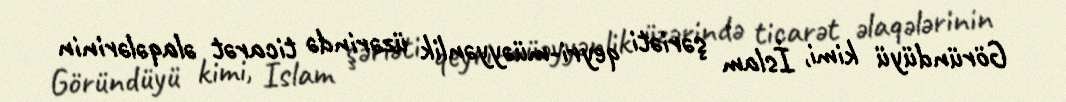
Göründüyü kimi, İslam şəriəti qeyri-müəyyənlik üzərində ticarət əlaqələrinin